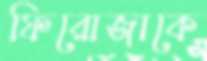
ফিরোজাকে